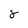
Character: 8